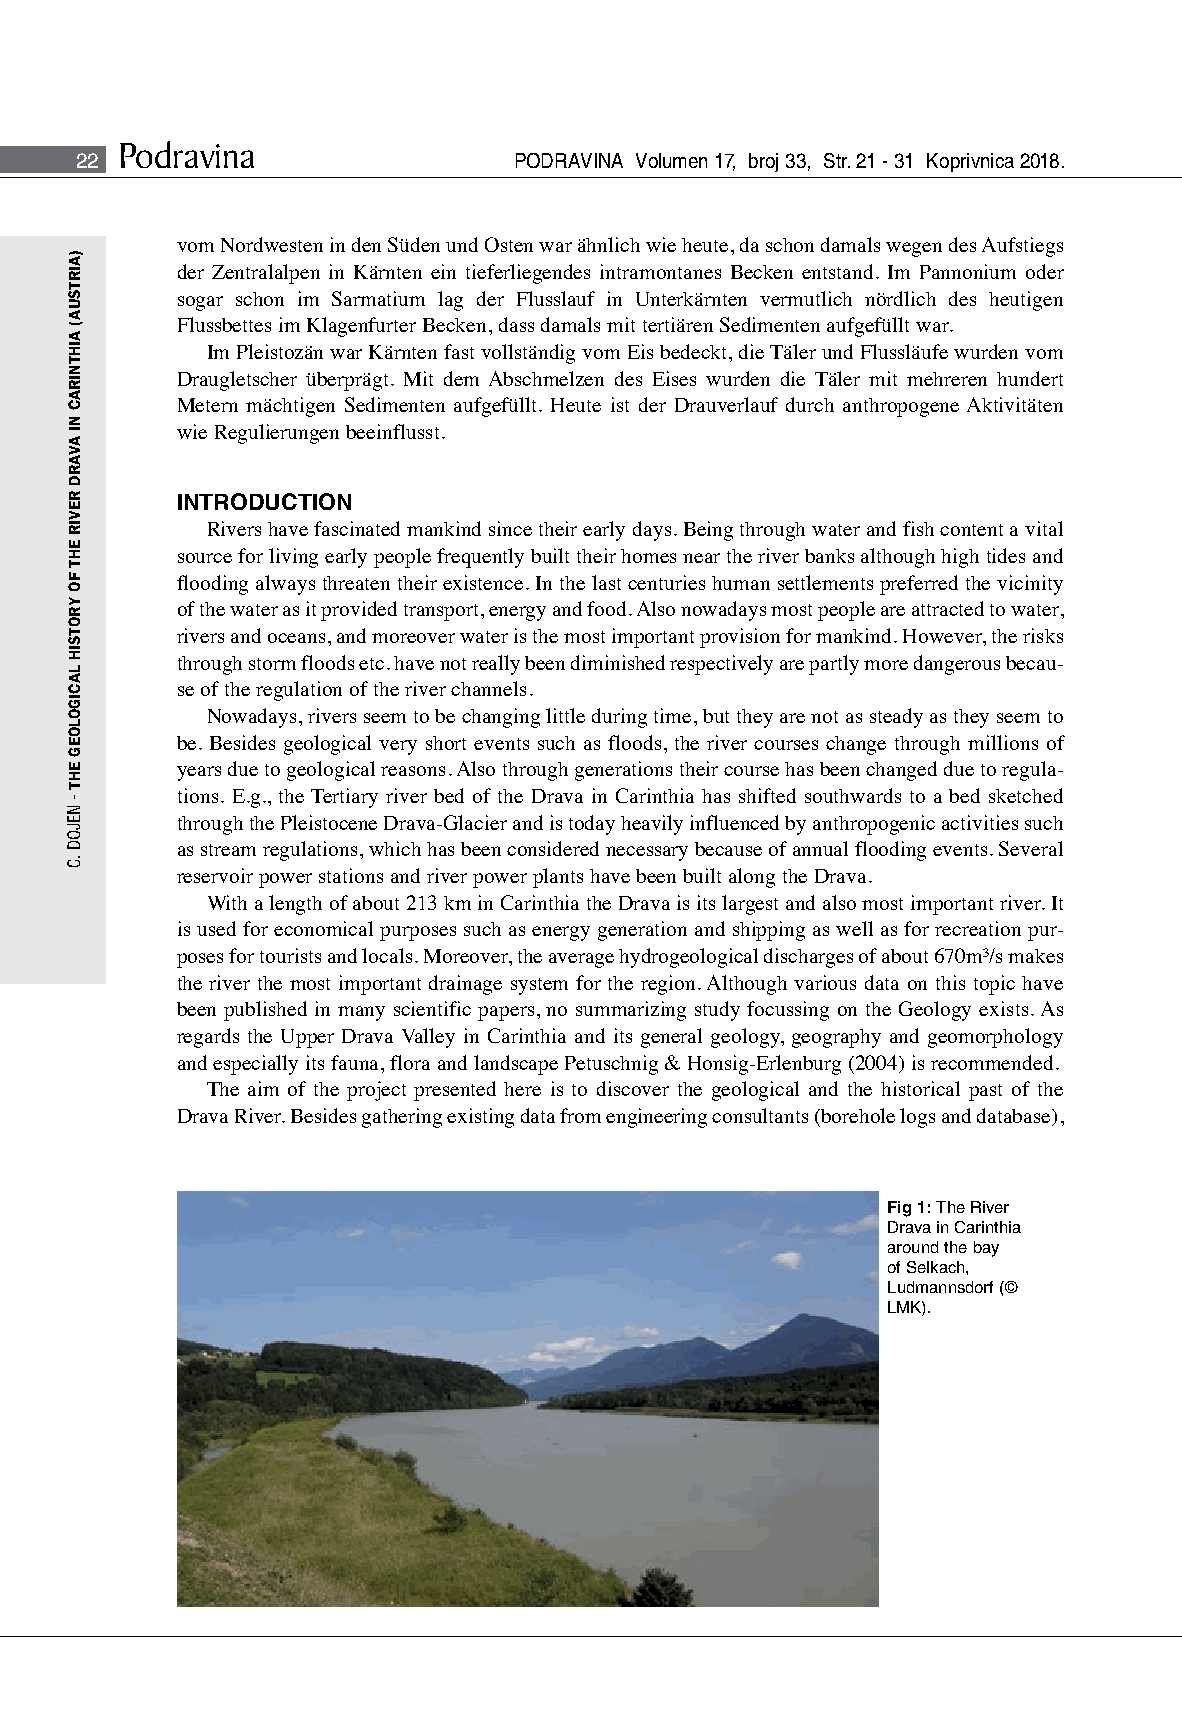
Podravina
 22                           PODRAVINA Volumen 17, broj 33, Str. 21 - 31 Koprivnica 2018.
 vom Nordwesten in den Süden und Osten war ähnlich wie heute, da schon damals wegen des Aufstiegs
 der Zentralalpen in Kärnten ein tieferliegendes intramontanes Becken entstand. Im Pannonium oder
 sogar schon im Sarmatium lag der Flusslauf in Unterkärnten vermutlich nördlich des heutigen
 Flussbettes im Klagenfurter Becken, dass damals mit tertiären Sedimenten aufgefüllt war.
 Im Pleistozän war Kärnten fast vollständig vom Eis bedeckt, die Täler und Flussläufe wurden vom
 Draugletscher überprägt. Mit dem Abschmelzen des Eises wurden die Täler mit mehreren hundert
 Metern mächtigen Sedimenten aufgefüllt. Heute ist der Drauverlauf durch anthropogene Aktivitäten
 wie Regulierungen beeinflusst.
 INTRODUCTION
 Rivers have fascinated mankind since their early days. Being through water and fish content a vital
 source for living early people frequently built their homes near the river banks although high tides and
 flooding always threaten their existence. In the last centuries human settlements preferred the vicinity
 of the water as it provided transport, energy and food. Also nowadays most people are attracted to water,
 rivers and oceans, and moreover water is the most important provision for mankind. However, the risks
 through storm floods etc. have not really been diminished respectively are partly more dangerous becau-
 se of the regulation of the river channels.
 Nowadays, rivers seem to be changing little during time, but they are not as steady as they seem to
 be. Besides geological very short events such as floods, the river courses change through millions of
 years due to geological reasons. Also through generations their course has been changed due to regula-
 tions. E.g., the Tertiary river bed of the Drava in Carinthia has shifted southwards to a bed sketched
 through the Pleistocene Drava-Glacier and is today heavily influenced by anthropogenic activities such
 as stream regulations, which has been considered necessary because of annual flooding events. Several
 reservoir power stations and river power plants have been built along the Drava.
 With a length of about 213 km in Carinthia the Drava is its largest and also most important river. It
 is used for economical purposes such as energy generation and shipping as well as for recreation pur-
 poses for tourists and locals. Moreover, the average hydrogeological discharges of about 670m³/s makes
 the river the most important drainage system for the region. Although various data on this topic have
 been published in many scientific papers, no summarizing study focussing on the Geology exists. As
 regards the Upper Drava Valley in Carinthia and its general geology, geography and geomorphology
 and especially its fauna, flora and landscape Petuschnig & Honsig-Erlenburg (2004) is recommended.
 The aim of the project presented here is to discover the geological and the historical past of the
 Drava River. Besides gathering existing data from engineering consultants (borehole logs and database),
 Fig 1: The River
 Drava in Carinthia
 around the bay
 of Selkach,
 Ludmannsdorf (©
 LMK).
 )AIRTSUA(
 AIHTNIRAC
 NI
 AVARD
 REVIR
 EHT
 FO
 YROTSIH
 LACIGOLOEG
 EHT
 -
 NEJOD
 .C